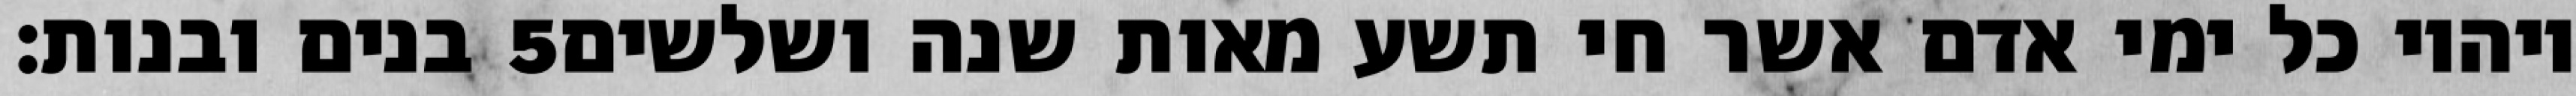
בנים ובנות׃ ‎5‏ ויהיו כל ימי אדם אשר חי תשע מאות שנה ושלשים